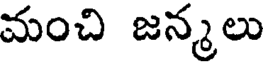
మంచి జన్మలు